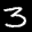
Label: 3